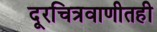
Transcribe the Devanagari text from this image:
दूरचित्रवाणीतही